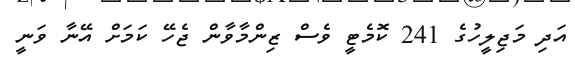
އަދި މަޖިލީހުގެ 241 ކޮމެޓީ ވެސް ޒިންމާވާން ޖެހޭ ކަމަށް އޭނާ ވަނީ